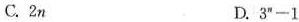
C.2n D.$$3^{n}-1$$